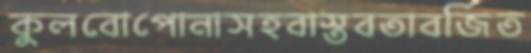
কুলবোপোনাসহবাস্তবতাবর্জিত